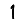
Digit: 1